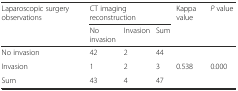
<table><thead><tr><td><b>Laparoscopic surgery observations</b></td><td colspan="3"><b>CT imaging reconstruction</b></td><td><b>Kappa value</b></td><td><b><i>P</i> value</b></td></tr><tr><td></td><td><b>No invasion</b></td><td><b>Invasion</b></td><td><b>Sum</b></td><td></td><td></td></tr></thead><tbody><tr><td>No invasion</td><td>42</td><td>2</td><td>44</td><td></td><td></td></tr><tr><td>Invasion</td><td>1</td><td>2</td><td>3</td><td>0.538</td><td>0.000</td></tr><tr><td>Sum</td><td>43</td><td>4</td><td>47</td><td></td><td></td></tr></tbody></table>